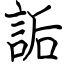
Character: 詬